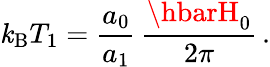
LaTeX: \mathit{k}_{\mathrm{{B}}}T_{1}=\frac{{a_{0}}}{{a_{1}}}\, \frac{{\hbarH_{0}}}{{2\pi}}\, .